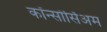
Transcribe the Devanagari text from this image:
कॉन्सोर्सिअम